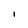
Character: 1